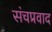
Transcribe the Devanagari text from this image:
संचप्रवाद